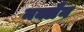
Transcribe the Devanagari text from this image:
मक्लैन